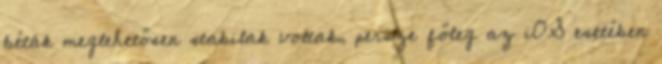
béták meglehetősen stabilak voltak, persze főleg az iOS esetében